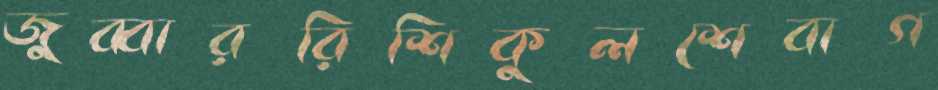
জুব্বাররিশিকুলশেবাগ